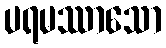
ပရမဿာသော